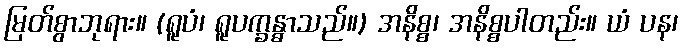
မြတ်စွာဘုရား။ (ရူပံ၊ ရူပက္ခန္ဓာသည်။) အနိစ္စ၊ အနိစ္စပါတည်း။ ယံ ပန၊